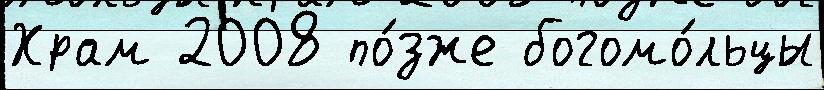
Храм 2008 по́зже богомо́льцы